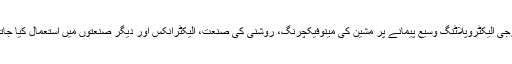
ٹیکنالوجی الیکٹروپلاٹنگ وسیع پیمانے پر مشین کی مینوفیکچرنگ، روشنی کی صنعت، الیکٹرانکس اور دیگر صنعتوں میں استعمال کیا جاتا ہے ۔